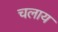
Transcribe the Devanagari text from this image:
चलाय